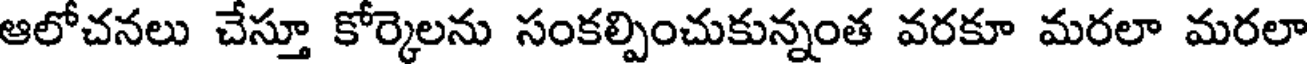
ఆలోచనలు చేస్తూ కోర్కెలను సంకల్పించుకున్నంత వరకూ మరలా మరలా